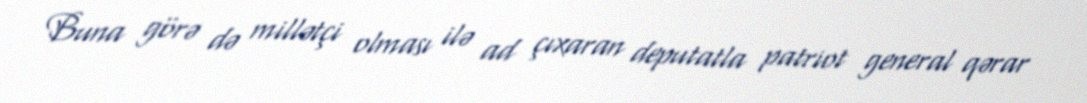
Buna görə də millətçi olması ilə ad çıxaran deputatla patriot general qərar